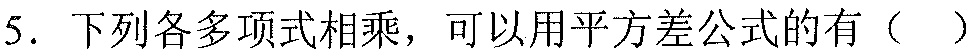
5. 下列各多项式相乘，可以用平方差公式的有（  ）